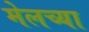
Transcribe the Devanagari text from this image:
मेलच्या